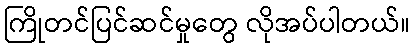
ကြိုတင်ပြင်ဆင်မှုတွေ လိုအပ်ပါတယ်။